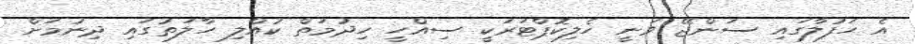
އެ ހަފުލާގައި ސަންޖޭ ވަނީ ހެލިކޮޕްޓަރަކީ ސިއްހީ ހިދުމަތް ކުއްލި ހާލަތުގައި ދިނުމަށް